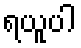
ရယူပါ